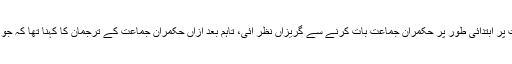
بھارت میں بڑھتے ہوئے ریپ کے واقعات پر ابتدائی طور پر حکمران جماعت بات کرنے سے گریزاں نظر آئی، تاہم بعد ازاں حکمران جماعت کے ترجمان کا کہنا تھا کہ جو کچھ بتایا جارہا وہ ایک بڑا پروپیگینڈا ہے۔